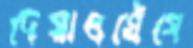
দেয়ালঘেঁষে